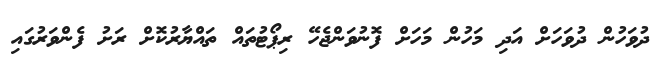
ދުވަހުން ދުވަހަށް އަދި މަހުން މަހަށް ފޮނުވަންޖެހޭ ރިޕޯޓުތައް ތައްޔާރުކޮށް ރަށު ފެންވަރުގައި